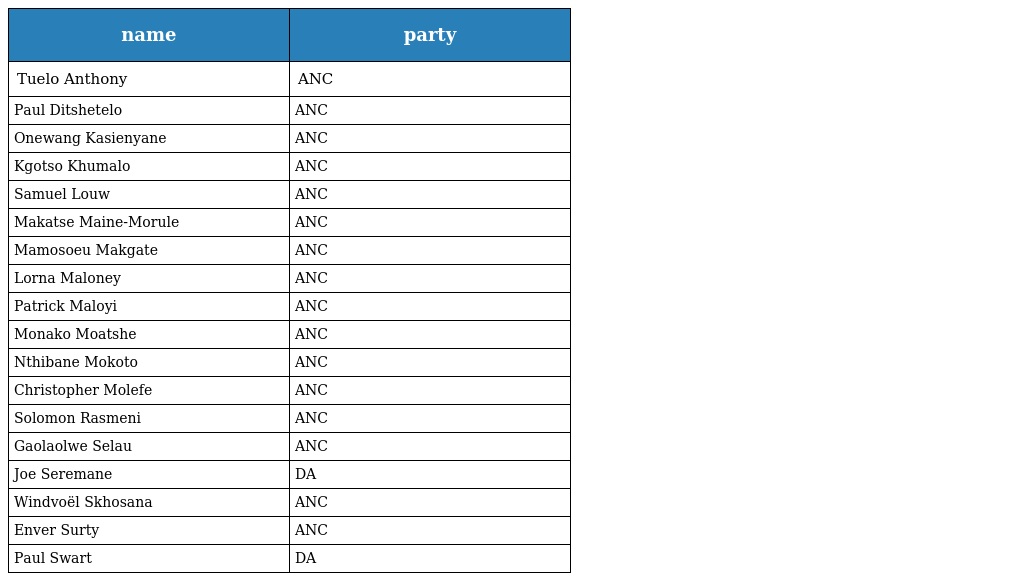
| name | party |
 | --- | --- |
 | Tuelo Anthony | ANC |
 | Paul Ditshetelo | ANC |
 | Onewang Kasienyane | ANC |
 | Kgotso Khumalo | ANC |
 | Samuel Louw | ANC |
 | Makatse Maine-Morule | ANC |
 | Mamosoeu Makgate | ANC |
 | Lorna Maloney | ANC |
 | Patrick Maloyi | ANC |
 | Monako Moatshe | ANC |
 | Nthibane Mokoto | ANC |
 | Christopher Molefe | ANC |
 | Solomon Rasmeni | ANC |
 | Gaolaolwe Selau | ANC |
 | Joe Seremane | DA |
 | Windvoël Skhosana | ANC |
 | Enver Surty | ANC |
 | Paul Swart | DA |